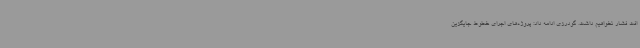
افت فشار نخواهیم داشت. گودرزی ادامه داد: پروژه‌های اجرای خطوط جایگزین